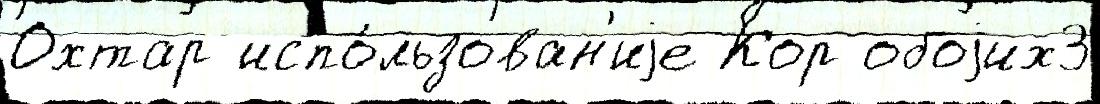
Охтар испо́льзован'иjе Кор обоjих3